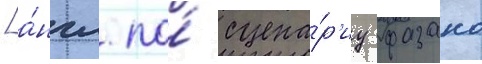
[а́нгл. по́ сцена́р'иу фазано